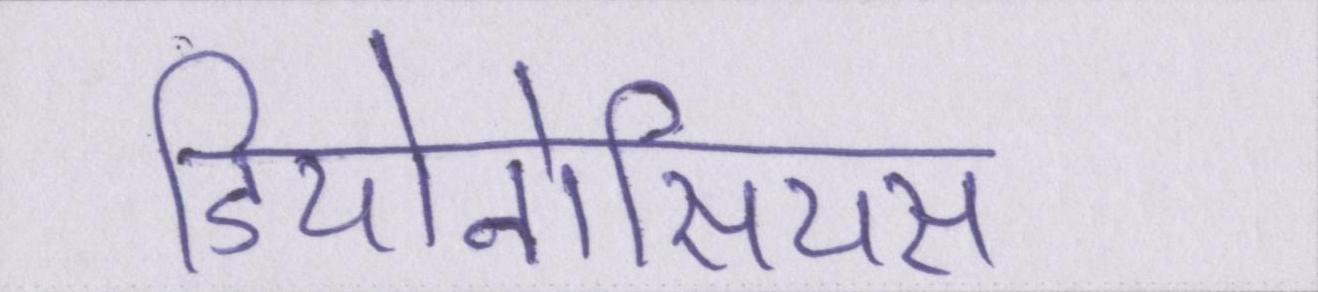
डियोनोसियस